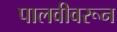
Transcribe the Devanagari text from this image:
पालवीवरून